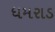
ધમરાડ